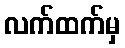
လက်ထက်မှ